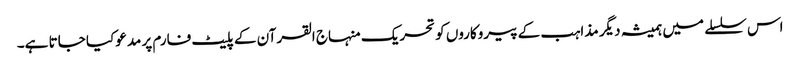
اس سلسلے میں ہمیشہ دیگر مذاہب کے پیروکاروں کو تحریک منہاج القرآن کے پلیٹ فارم پر مدعو کیا جاتا ہے۔